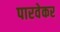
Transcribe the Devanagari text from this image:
पारवेकर